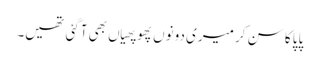
پاپا کا سن کر میری دونوں پھوپھیاں بھی آگئی تھیں۔